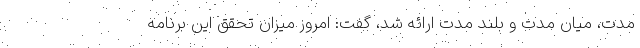
مدت، میان مدت و بلند مدت ارائه شد، گفت: امروز میزان تحقق این برنامه